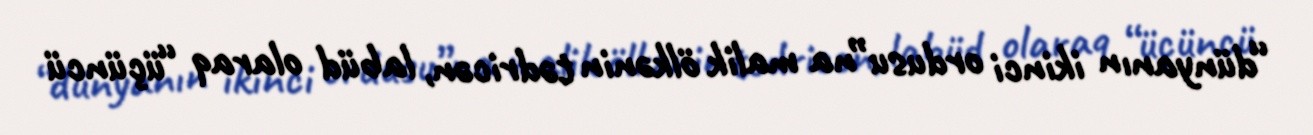
“dünyanın ikinci ordusu”na malik ölkənin tədricən, labüd olaraq “üçüncü